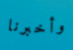
وأخبرنا